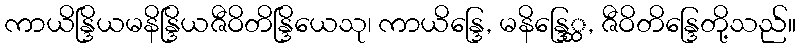
ကာယိန္ဒြိယမနိန္ဒြိယဇီဝိတိန္ဒြိယေသု၊ ကာယိန္ဒြေ, မနိန္ဒြေ္ထ, ဇီဝိတိန္ဒြေတို့သည်။